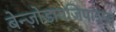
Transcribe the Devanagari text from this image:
बेन्ज़ोडायजिपाइन्स